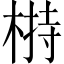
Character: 𣖖